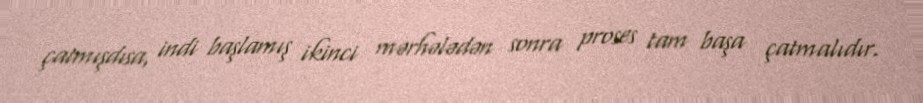
çatmışdısa, indi başlamış ikinci mərhələdən sonra proses tam başa çatmalıdır.